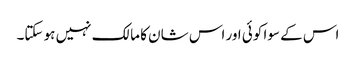
اس کے سوا کوئی اور اس شان کا مالک نہیں ہو سکتا۔